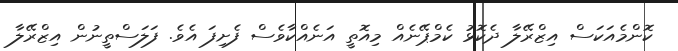
ކޮންމެއަކަސް އިޒްރޭލާ ދެކޮޅު ކެމްޕޭނެއް މިއޮތީ އަނެއްކާވެސް ފެށިފަ އެވެ. ފަލަސްތީނުން އިޒްރޭލާ